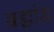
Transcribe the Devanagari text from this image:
ब्रह्म़ा़ंड